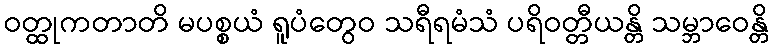
ဝတ္ထုကတာတိ မပစ္စယံ ရူပံတွေဝ သရီရမံသံ ပရိဝတ္တီယန္တိ သမ္ဘာဝေန္တိ